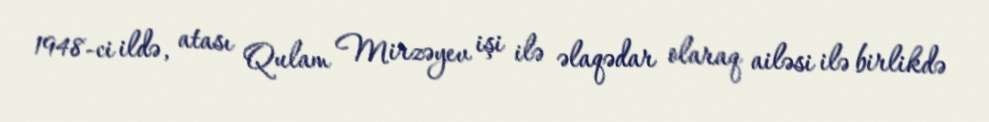
1948-ci ildə, atası Qulam Mirzəyev işi ilə əlaqədar olaraq ailəsi ilə birlikdə